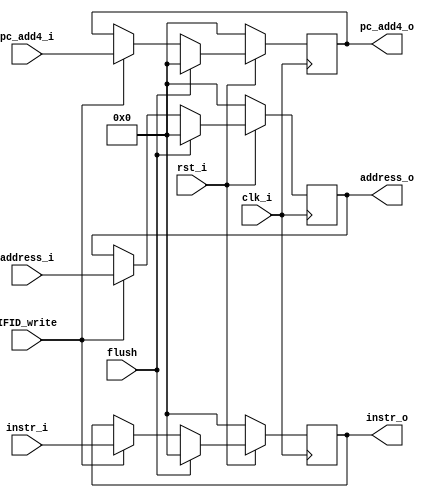
`timescale 1ns/1ps
module IFID_register (
    input clk_i,
    input rst_i,
    input flush,
    input IFID_write,
    input [31:0] address_i,
    input [31:0] instr_i,
    input [31:0] pc_add4_i,

    output reg [31:0] address_o,
    output reg [31:0] instr_o,
    output reg [31:0] pc_add4_o
);

/* Write your code HERE */
always @(posedge clk_i) begin

    if(~rst_i) begin
        address_o <= 32'b0;
        instr_o <= 32'b0;
        pc_add4_o <= 32'b0;
    end

    else if(flush) begin
        address_o <= 32'b0;
        instr_o <= 32'b0;
        pc_add4_o <= 32'b0;
    end
    
    else if(!IFID_write) begin
        address_o <= address_o;
        instr_o <= instr_o;
        pc_add4_o <= pc_add4_o;
    end

    else begin
        address_o <= address_i;
        instr_o <= instr_i;
        pc_add4_o <= pc_add4_i;
    end
end

endmodule